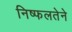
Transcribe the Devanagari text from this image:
निष्फलतेने